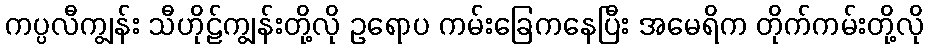
ကပ္ပလီကျွန်း သီဟိုဠ်ကျွန်းတို့လို ဥရောပ ကမ်းခြေကနေပြီး အမေရိက တိုက်ကမ်းတို့လို